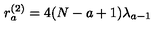
r _ { a } ^ { ( 2 ) } = 4 ( N - a + 1 ) \lambda _ { a - 1 }